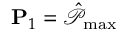
\mathbf { P } _ { 1 } = \hat { \mathcal { P } } _ { \operatorname* { m a x } }